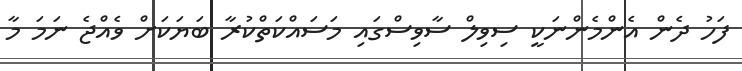
ފަހު ދެން އެންމެންނަކީ ސިވިލް ސާވިސްގައި މަސައްކަތްކުރާ ބަޔަކަށް ވެއްޖެ ނަމަ މާ